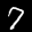
Label: 7